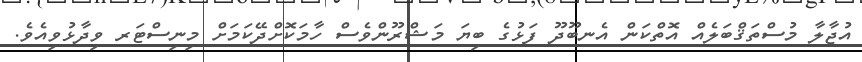
އުޖާލާ މުސްތަޤްބަލެއް އޮތްކަން އެނބޫދޫ ފަޅުގެ ބިޔަ މަޝްރޫންވެސް ހާމަކޮށްދޭކަމަށް މިނިސްޓަރ ވިދާޅުވިއެވެ.